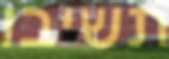
תשיבו